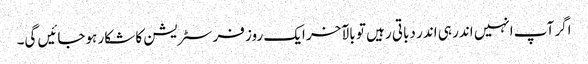
اگر آپ انہیں اندر ہی اندر دباتی رہیں تو بالآخر ایک روز فرسٹریشن کا شکار ہوجائیں گی۔